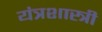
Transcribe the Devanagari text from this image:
यंत्रशास्त्री